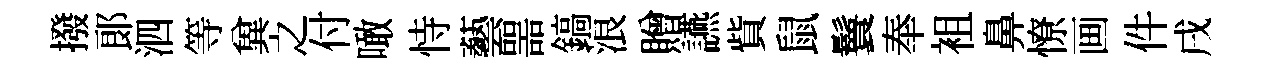
撥郞泗等兾之付噉恃藝噐鎬浪贈讌貲鼠鬟奉袓鼻憭画件戌